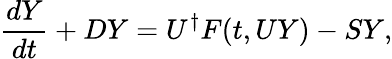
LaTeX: \frac{dY}{dt}+DY=U^{\dagger}F(t,UY)-SY,